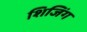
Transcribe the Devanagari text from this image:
शिजिंग